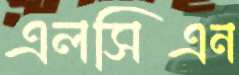
এলসিএন